Indian journal of veterinary science and animal husbandry - Volume 7,
Year: 1937
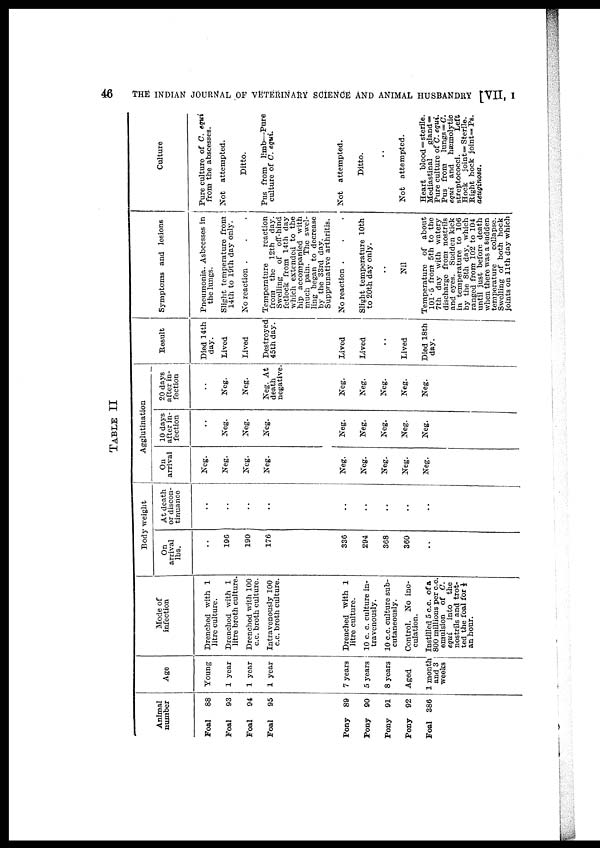
46
THE INDIAN JOURNAL OF VETERINARY SCIENCE AND ANIMAL HUSBANDRY [VII,
I
TABLE II
Animal
number
Foal
88
Foal
93
Foal
94
Foal
95
Pony 89
Pony
90
Pony
91
Pony
92
Foal 386
Age
Young
1 year
1 year
1 year
7 years
5 years
8 years
Aged
1 month
and 3
weeks
Mode of
infection
Drenched with 1
litre culture.
Drenched with 1
litre broth culture.
Drenched with 100
c.c. broth culture.
Intravenously 100
c.c. broth culture.
Drenched with 1
litre culture.
10 c. c. culture in-
travenously.
10 c.c. culture sub-
cutaneously.
Control. No ino-
culation.
Instilled 5 c.c. of a
800 millions per c.c.
emulsion of C.
equi
into the
nostrils and trot-
ted the foal for ½
an hour.
Body weight
On
arrival
lbs.
..
196
190
176
336
294
368
360
..
At death
or discon-
tinuance
..
..
..
..
..
..
..
..
..
Agglutination
On
arrival
Neg.
Neg.
Neg.
Neg.
Neg.
Neg.
Neg.
Neg.
Neg.
10 days
after in-
fection
..
Neg.
Neg.
Neg.
Neg.
Neg.
Neg.
Neg.
Neg.
20 days
after in-
fection
..
Neg.
Neg.
Neg. At
death
negative.
Neg.
Neg.
Neg.
Neg.
Neg.
Result
Died 14th
day.
Lived
Lived
Destroyed
45th day.
Lived
Lived
..
Lived
Died 18th
day.
Symptoms and lesions
Pneumonia. Asbcesses in
the lungs.
Slight temperature from
14th to 19th day only.
No reaction . . . .
Temperature
reaction
from the 12th day.
Swelling
of
off-hind
fetlock from 14th day
which extended to the
hip accompanied with
much pain. The swel-
ling began to decrease
by the 33rd day.
Supprunative arthritis.
No reaction . . .
Slight temperature 10th
to 20th day only.
..
Nil
Temperature of about
101.5 from 5th to the
7th day with watery
discharge from nostrils
and eyes. Sudden kick
in temperature to 106
by the 8th day, which
ranged from 102 to 104
until just before death
when there was a sudden
temperature
collapse.
Swelling of both hock
joints on 11th day which
Culture
Pure culture of C. equi
from the abscesses.
Not attempted.
Ditto.
Pus from limb—Pure
culture of C. equi.
Not attempted.
Ditto.
..
Not attempted.
Heart blood = sterile.
Mediastinal
gland=
Pure culture of C. equi.
Pus from
lungs = C.
equi and hæmolytic
streptococci.
Left
Hock
joint=Sterile.
Right hock joint=Ps.
aeuginosa.